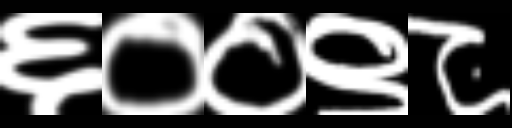
Text: ६००९८